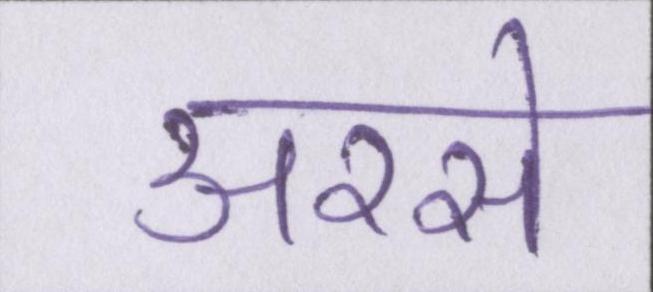
अरसे